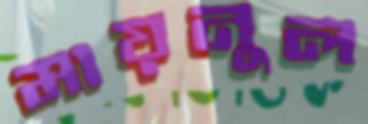
মায়নুল